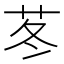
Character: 苳